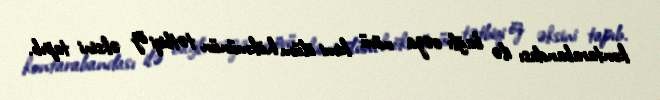
kontarabandası ilə bağlı cəza növü kimi ölüm hökmünün tətbiqi öz əksini tapıb.